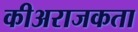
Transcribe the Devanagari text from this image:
कीअराजकता